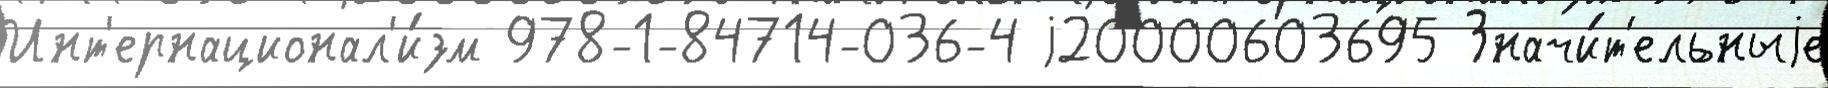
Инт'ернационал'и́зм 978-1-84714-036-4 j20000603695 Значи́т'ельныjе